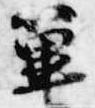
篳